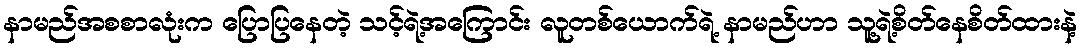
နာမည်အစစာလုံးက ပြောပြနေတဲ့ သင့်ရဲ့အကြောင်း လူတစ်ယောက်ရဲ့ နာမည်ဟာ သူ့ရဲ့စိတ်နေစိတ်ထားနဲ့